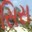
સિસ